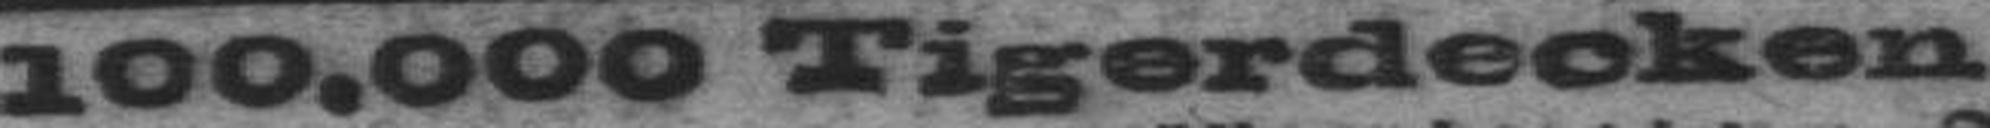
100.000 Tigerdecken